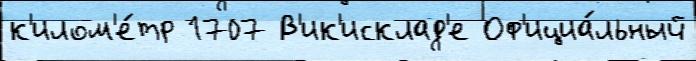
к'илом'е́тр 1707 В'ик'исклад'е Оф'ициа́льный